Annual vaccination report of Bihar and Orissa - 1911-1928
Year: 1911
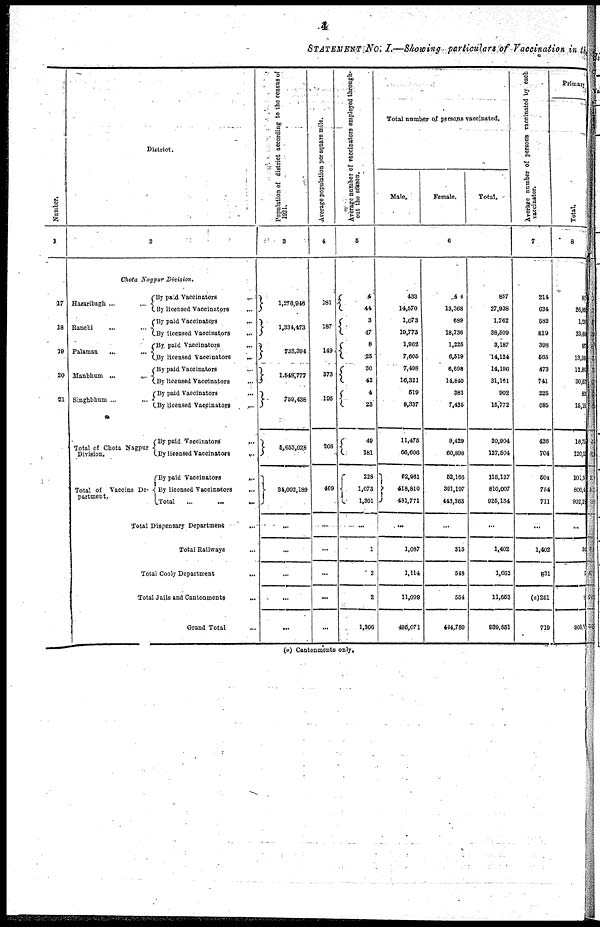
4
STATEMENT No. I.—Showing particulars of Vaccination in the
Number.
1
17
18
19
20
21
District.
2
Chota Nagpur Division.
Hasaribagh... ...
Ranchi...
...
Palamau
...
...
Manbhum...
...
Singhbhum...
...
Total of Chota Nagpur
Division.
Total of Vaccine De-
partment.
By paid
Vaccinators...
...
By licensed Vaccinators... ...
By paid Vaccinators ... ...
By licensed Vaccinators... ...
By paid
Vaccinators...
...
By licensed Vaccinators... ...
By paid Vaccinators... ...
By licensed Vaccinators...
...
By paid Vaccinators... ...
By licensed Vaccinators... ...
By paid
Vaccinators...
...
By licensed Vaccinators...
...
By paid
Vaccinators...
...
By licensed Vaccinators... ...
Total...
...
Total Dispensary
Department...
Total Railways... ...
Total Cooly Department... ...
Total Jails and Cantonments... ...
Grand
Total...
...
Population of district according to the census of
1921.
3
1,276,946
1,334,473
733,394
1,548,777
759,438
5,653,028
84,002,189
...
...
...
...
...
Average population per square mile.
4
181
187
149
373
195
208
409
...
...
...
...
...
Average number of vaccinators employed through-
out the season.
5
4
44
8
47
8
25
30
42
4
23
49
181
228
1,073
1,301
...
1
2
2
1,806
Total number of persons vaccinated.
Male.
Female.
Total.
6
433
14,570
1,073
19,773
1,962
7,605
7,498
16,321
519
8,337
11,475
66,606
62,961
418,810
481,771
....
1,087
1,114
11,099
495,071
44
13,368
689
18,736
1,225
6,519
6,698
14,840
383
7,435
9,429
60,898
52,166
391,197
443,363
....
315
548
554
444,780
857
27,938
1,762
38,509
3,187
14,124
14,196
31,161
902
15,772
20,904
127,504
115,127
810,007
925,134
...
1,402
1,662
11,653
939,851
Average number of persons vaccinated by each
vaccinator.
7
214
634
582
819
398
565
473
741
225
686
426
704
504
754
711
...
1,402
831
(a)251
719
Primary
Total.
8
8
26,8
1.2
33,8
9
13,6
12.8
30,5
8
15,1
16,5
120,1
101,9
800,4
902,2
...
3
5
903
(a) Cantonments only.